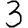
Digit: 3